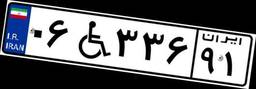
۹۴W۵۲۹۸۵